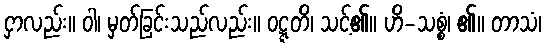
ငှာလည်း။ ဝါ၊ မှတ်ခြင်းသည်လည်း။ ဝဋ္ဋတိ၊ သင့်၏။ ဟိ-သစ္စံ၊ ၏။ တာသံ၊